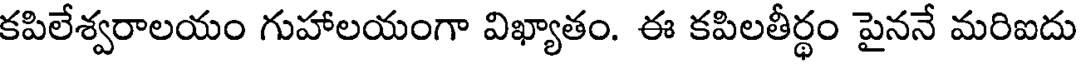
కపిలేశ్వరాలయం గుహాలయంగా విఖ్యాతం. ఈ కపిలతీర్థం పైననే మరిఐదు